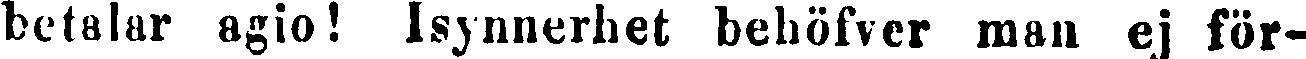
betalar agio! Isynnerhet behöfver man ej för-